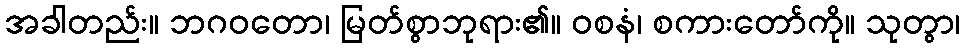
အခါတည်း။ ဘဂဝတော၊ မြတ်စွာဘုရား၏။ ဝစနံ၊ စကားတော်ကို။ သုတွာ၊